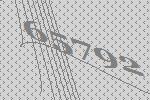
65792